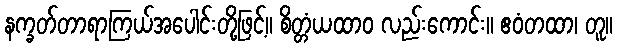
နက္ခတ်တာရာကြယ်အပေါင်းတို့ဖြင့်။ စိတ္တံယထာဝ လည်းကောင်း။ ဧဝံတထာ၊ တူ။